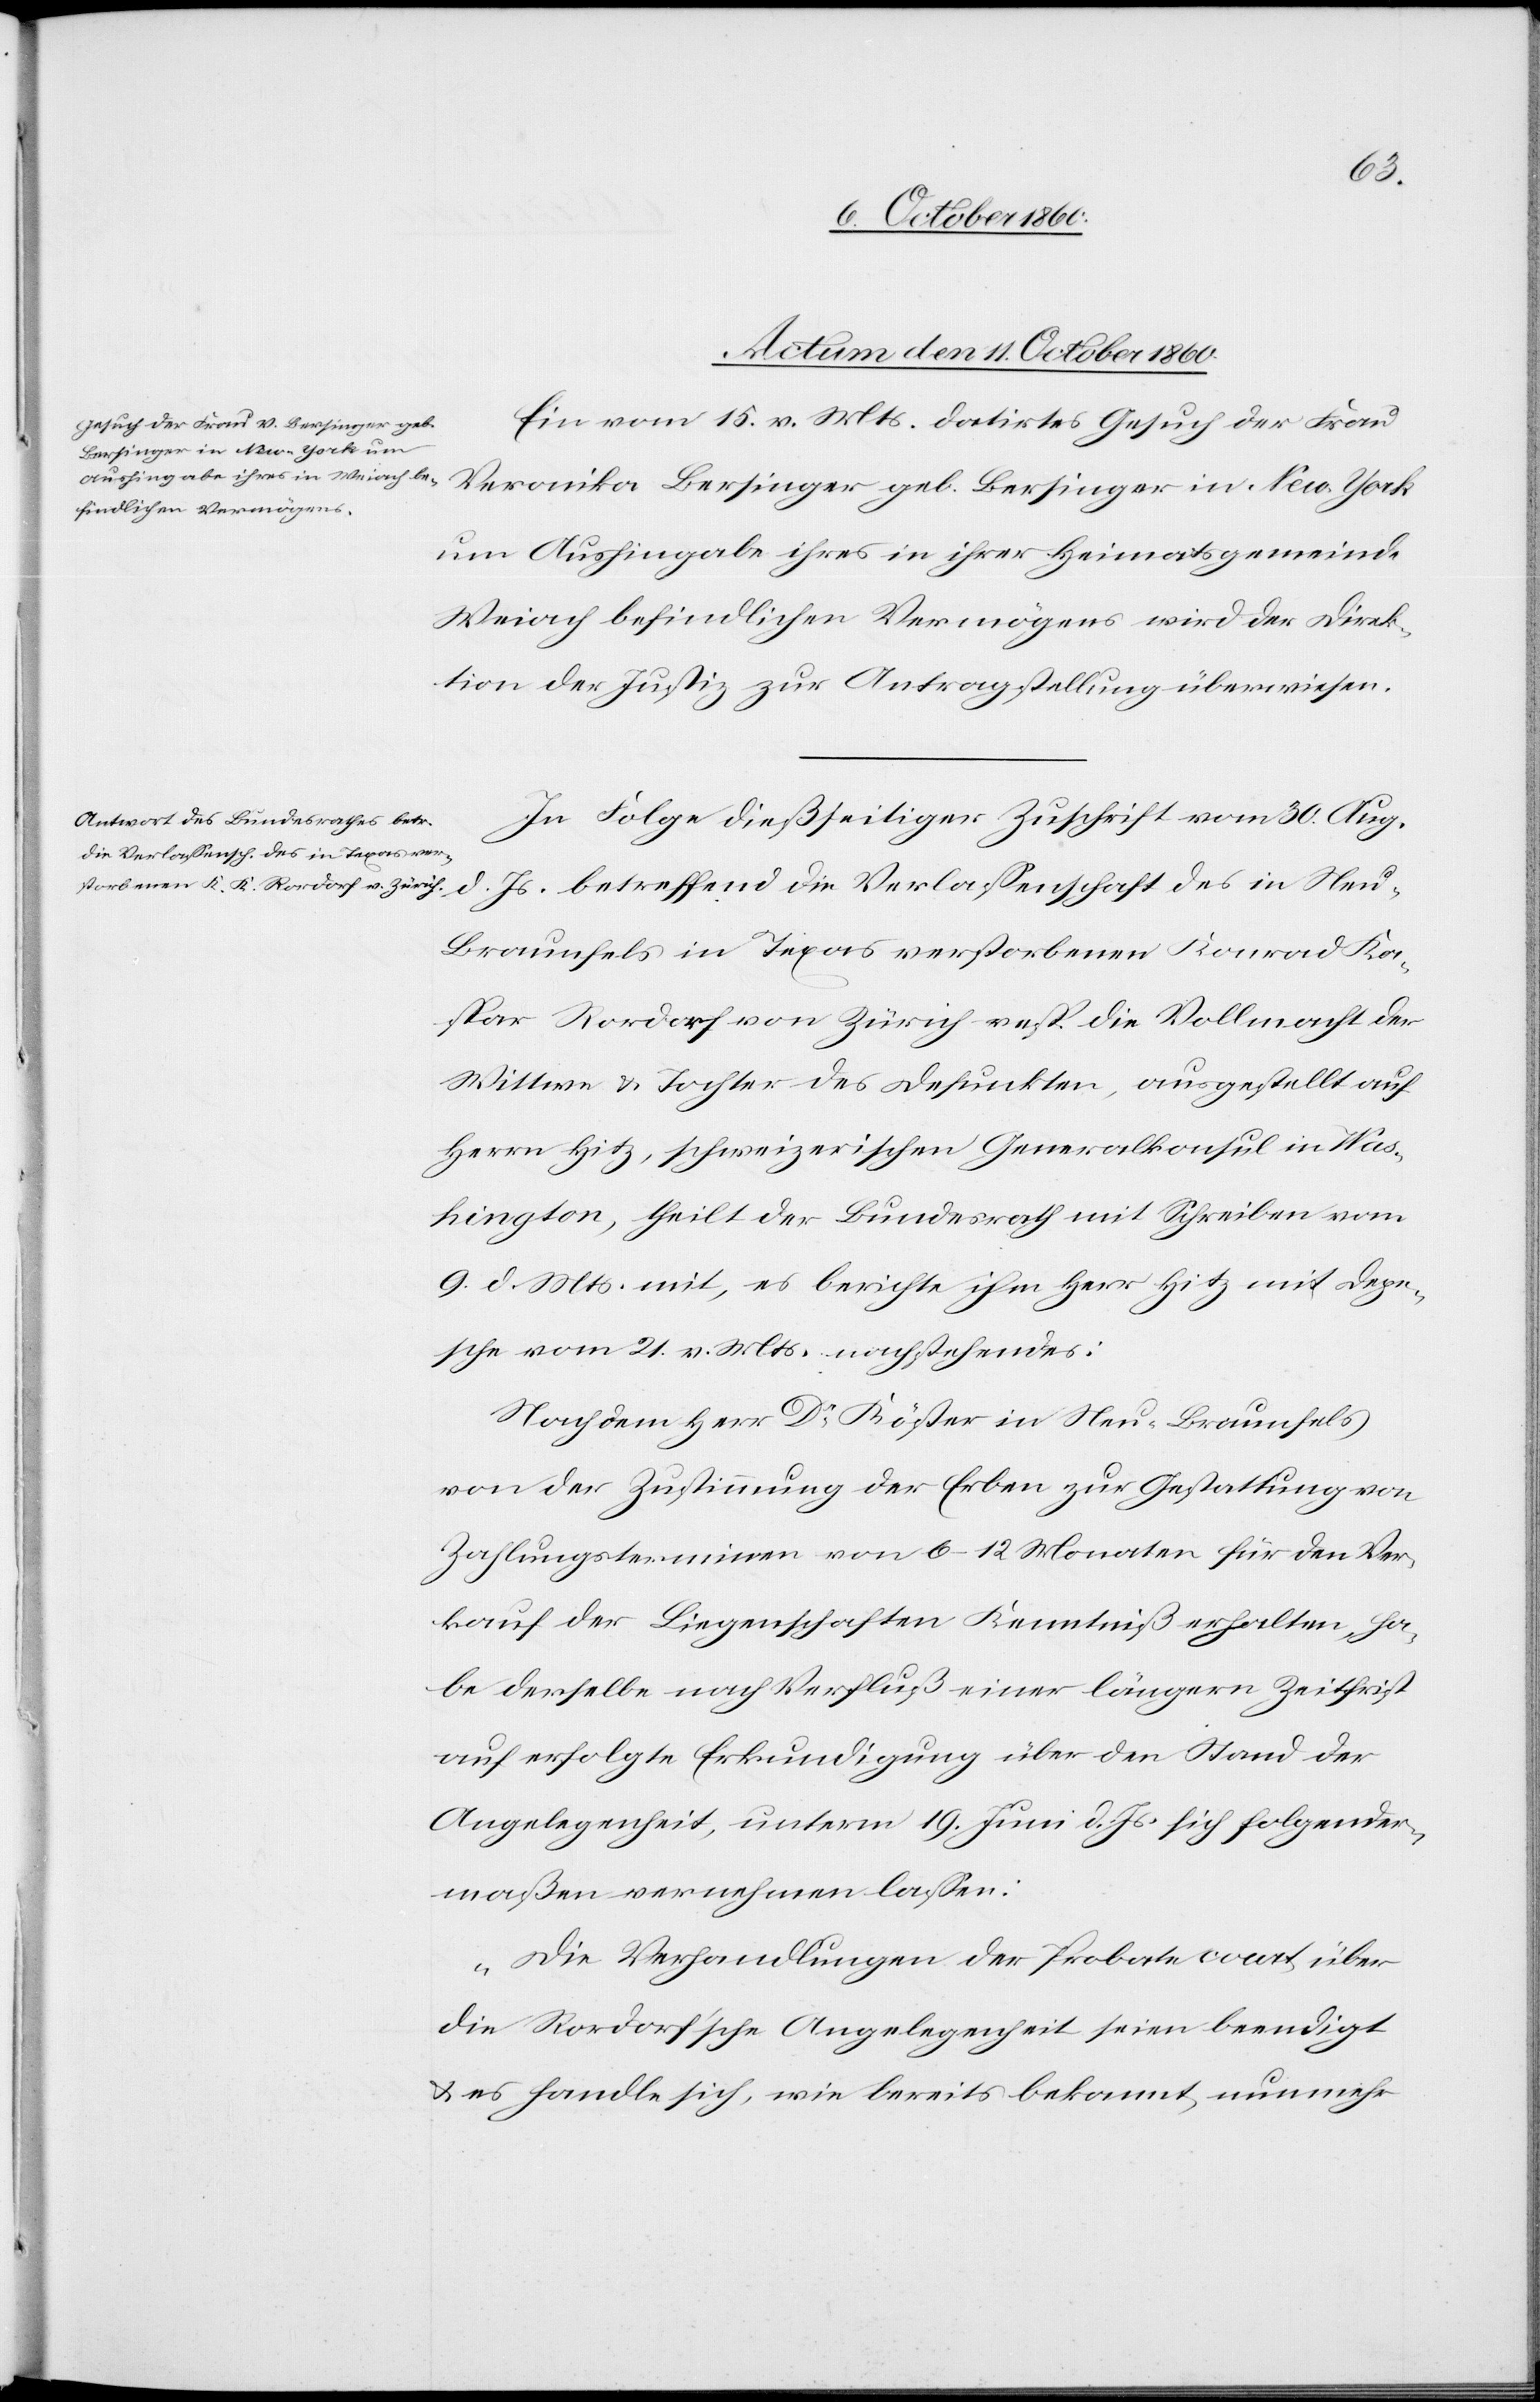
Actum den 11. October 1860.]
Ein vom 15. v. Mts. datirtes Gesuch der Frau
Veronika Bersinger geb. Bersinger in New-York
um Aushingabe ihres in ihrer Heimatsgemeinde
Weiach befindlichen Vermögens wird der Direk¬
tion der Justiz zur Antragstellung überwiesen.
In Folge dießseitiger Zuschrift vom 30. Aug.
d. Js. betreffend die Verlassenschaft des in Neu-B¬
raunfels in Texas verstorbenen Konrad Ka¬
spar Rordorf von Zürich resp. die Vollmacht der
Wittwe u. Tochter des Desunkten, ausgestellt auf
Herrn Hitz, schweizerischen Generalkonsul in Was¬
hington, theilt der Bundesrath mit Schreiben vom
9. d. Mts. mit, es berichte ihm Herr Hitz mit Depe¬
sche vom 21. v. Mts. nachstehendes:
Nachdem Herr Dr Köster in Neu-Braunfels
von der Zustimmung der Erbe zur Gestattung von
Zahlungsterminen von 6–12 Monaten für den Ver¬
kauf der Liegenschaften Kenntniß erhalten, ha¬
be derselbe nach Verfluß einer längern Zeitfrist
auf erfolgte Erkundigung über den Stand der
Angelegenheit, unterm 19. Juni d. Js. sich folgender¬
maßen vernehmen lassen:
„Die Verhandlungen der Probate wart über
die Rordorf’sche Angelegenheit seien beendigt
u. es handle sich, wie bereits bekannt, nunmehr